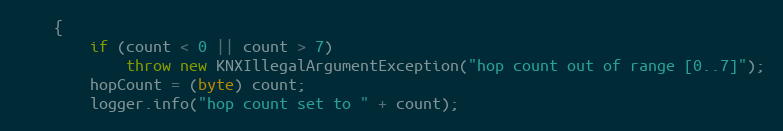
Language: Java
	{
		if (count < 0 || count > 7)
			throw new KNXIllegalArgumentException("hop count out of range [0..7]");
		hopCount = (byte) count;
		logger.info("hop count set to " + count);